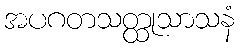
အပဂတသတ္ထုသာသနံ